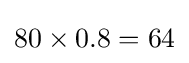
80\times 0.8=64